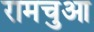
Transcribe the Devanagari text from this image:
रामचुआ